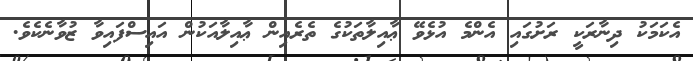
އެކަމަކު ދިނާރަކީ ރަށުގައި އެންމެ އުޅެވޭ ޢާއިލާތަކުގެ ތެރެއިން ޢާއިލާއަކުން އައިސްފައިވާ ޒުވާނެކެވެ.